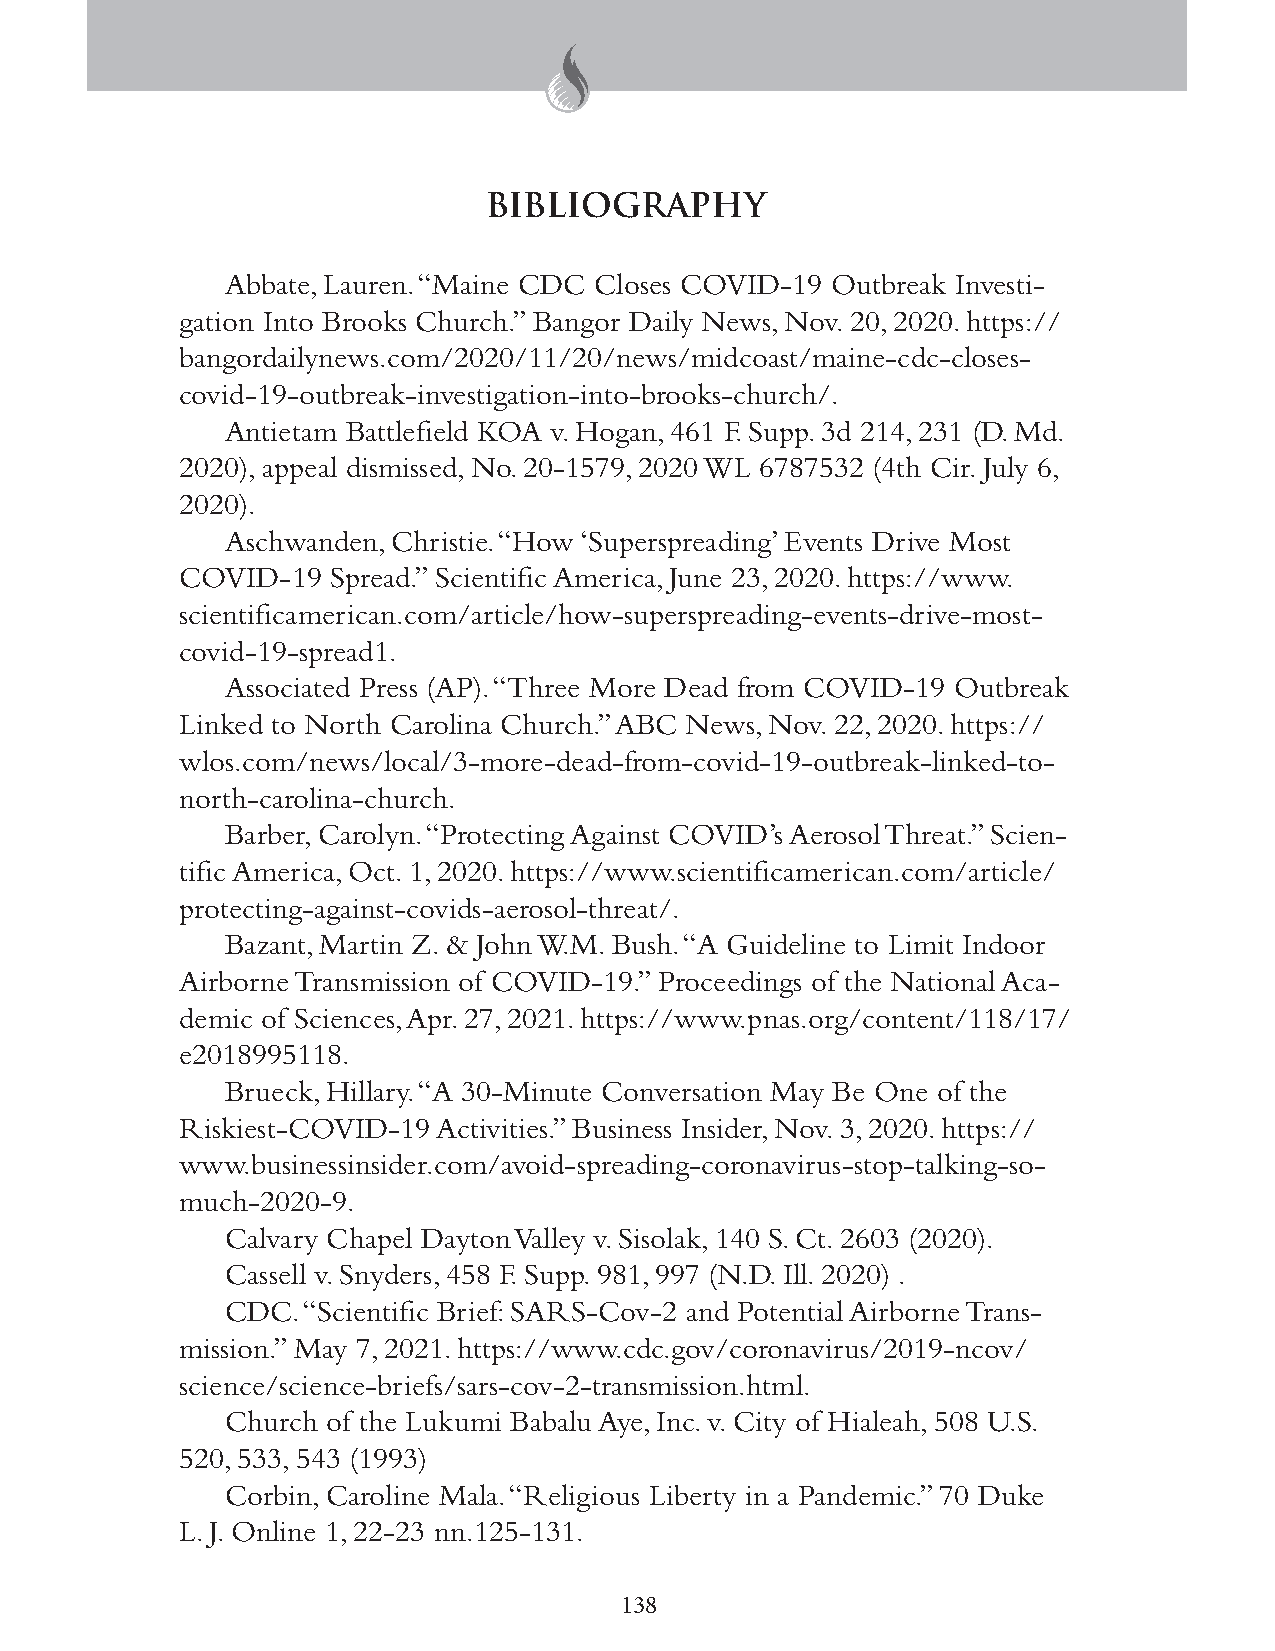
BIBLIOGRAPHY
 Abbate, Lauren. “Maine CDC Closes COVID-19 Outbreak Investi-
 gation Into Brooks Church.” Bangor Daily News, Nov. 20, 2020. https://
 bangordailynews.com/2020/11/20/news/midcoast/maine-cdc-closes-
 covid-19-outbreak-investigation-into-brooks-church/.
 Antietam Battlefield KOA v. Hogan, 461 F. Supp. 3d 214, 231 (D. Md.
 2020), appeal dismissed, No. 20-1579, 2020 WL 6787532 (4th Cir. July 6,
 2020).
 Aschwanden, Christie. “How ‘Superspreading’ Events Drive Most
 COVID-19  Spread.” Scientific America, June 23, 2020. https://www.
 scientificamerican.com/article/how-superspreading-events-drive-most-
 covid-19-spread1.
 Associated Press (AP). “Three More Dead from COVID-19 Outbreak
 Linked to North Carolina Church.” ABC News, Nov. 22, 2020. https://
 wlos.com/news/local/3-more-dead-from-covid-19-outbreak-linked-to-
 north-carolina-church.
 Barber, Carolyn. “Protecting Against COVID’s Aerosol Threat.” Scien-
 tific America, Oct. 1, 2020. https://www.scientificamerican.com/article/
 protecting-against-covids-aerosol-threat/.
 Bazant, Martin Z. & John W.M. Bush. “A Guideline to Limit Indoor
 Airborne Transmission of COVID-19.” Proceedings of the National Aca-
 demic of Sciences, Apr. 27, 2021. https://www.pnas.org/content/118/17/
 e2018995118.
 Brueck, Hillary. “A 30-Minute Conversation May Be One of the
 Riskiest-COVID-19 Activities.” Business Insider, Nov. 3, 2020. https://
 www.businessinsider.com/avoid-spreading-coronavirus-stop-talking-so-
 much-2020-9.
 Calvary Chapel Dayton Valley v. Sisolak, 140 S. Ct. 2603 (2020).
 Cassell v. Snyders, 458 F. Supp. 981, 997 (N.D. Ill. 2020) .
 CDC. “Scientific Brief: SARS-Cov-2 and Potential Airborne Trans-
 mission.” May 7, 2021. https://www.cdc.gov/coronavirus/2019-ncov/
 science/science-briefs/sars-cov-2-transmission.html.
 Church of the Lukumi Babalu Aye, Inc. v. City of Hialeah, 508 U.S.
 520, 533, 543 (1993)
 Corbin, Caroline Mala. “Religious Liberty in a Pandemic.” 70 Duke
 L. J. Online 1, 22-23 nn.125-131.
 138